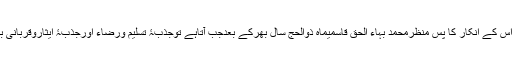
مسئلہ قربانی اور اس کے انکار کا پس منظرمحمد بہاء الحق قاسمیماہِ ذوالحج سال بھرکے بعدجب آتاہے توجذبۂ تسلیم ورضاء اورجذبۂ ایثاروقربانی بھی ہمراہ لاتا ہے۔